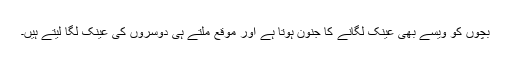
بچوں کو ویسے بھی عینک لگانے کا جنون ہوتا ہے اور موقع ملتے ہی دوسروں کی عینک لگا لیتے ہیں۔